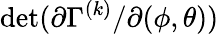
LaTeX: \operatorname*{det}(\partial\Gamma^{(k)}/\partial(\phi,\theta))